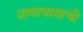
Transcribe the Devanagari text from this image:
प्राणायामाची